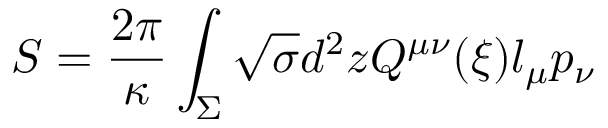
S = { \frac { 2 \pi } { \kappa } } \int _ { \Sigma } \sqrt { \sigma } d ^ { 2 } z Q ^ { \mu \nu } ( \xi ) l _ { \mu } p _ { \nu }